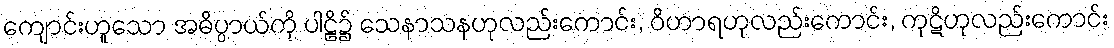
ကျောင်းဟူသော အဓိပ္ပာယ်ကို ပါဠိ၌ သေနာသနဟုလည်းကောင်း, ဝိဟာရဟုလည်းကောင်း, ကုဋိဟုလည်းကောင်း